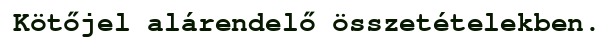
Kötőjel alárendelő összetételekben.